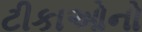
ટીકાઓનો